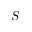
S